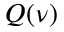
Q ( \nu )